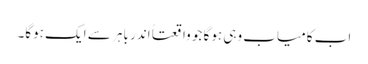
اب کامیاب وہی ہوگا جو واقعتاً اندر باہر سے ایک ہوگا۔